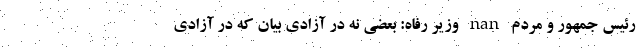
رئیس جمهور و مردم nan وزیر رفاه: بعضی نه در آزادی بیان که در آزادی